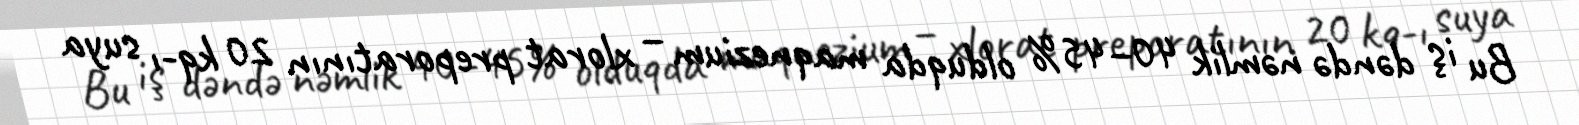
Bu iş dəndə nəmlik 40–45% olduqda maqnezium – xlorat preporatının 20 kq-ı suya